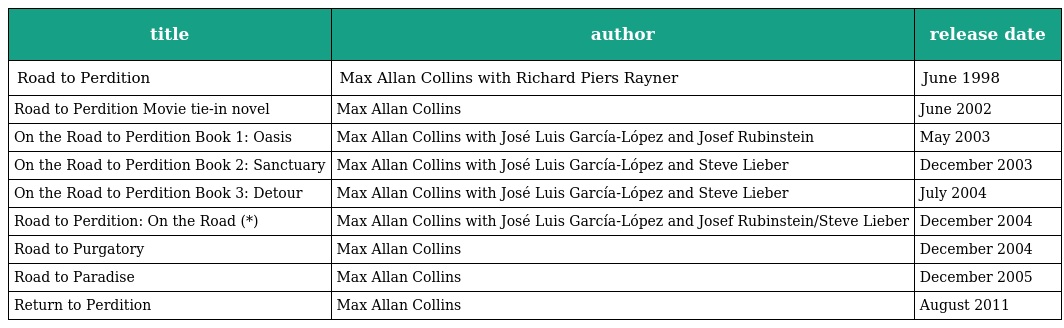
| title | author | release date |
 | --- | --- | --- |
 | Road to Perdition | Max Allan Collins with Richard Piers Rayner | June 1998 |
 | Road to Perdition Movie tie-in novel | Max Allan Collins | June 2002 |
 | On the Road to Perdition Book 1: Oasis | Max Allan Collins with José Luis García-López and Josef Rubinstein | May 2003 |
 | On the Road to Perdition Book 2: Sanctuary | Max Allan Collins with José Luis García-López and Steve Lieber | December 2003 |
 | On the Road to Perdition Book 3: Detour | Max Allan Collins with José Luis García-López and Steve Lieber | July 2004 |
 | Road to Perdition: On the Road (*) | Max Allan Collins with José Luis García-López and Josef Rubinstein/Steve Lieber | December 2004 |
 | Road to Purgatory | Max Allan Collins | December 2004 |
 | Road to Paradise | Max Allan Collins | December 2005 |
 | Return to Perdition | Max Allan Collins | August 2011 |